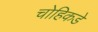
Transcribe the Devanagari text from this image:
चोहिकडे